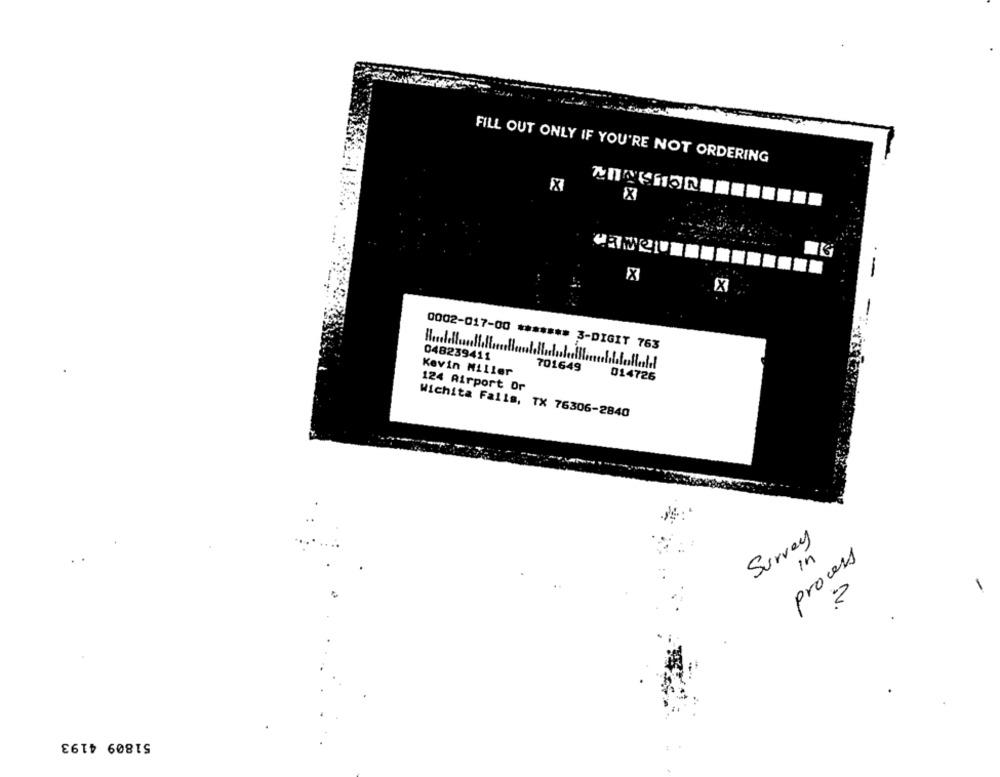
FILL OUT ONLY IF YOU'RE NOT ORDERING
0002-017-00 ******* 3-DIGIT 763
048239411
Kevin Miller
701649
014726
124 Airport Or
Wichita Falls, TX 76306-2840
Survey
process
in
51809 4193